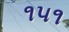
૧૫૧